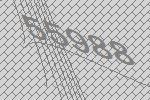
55988